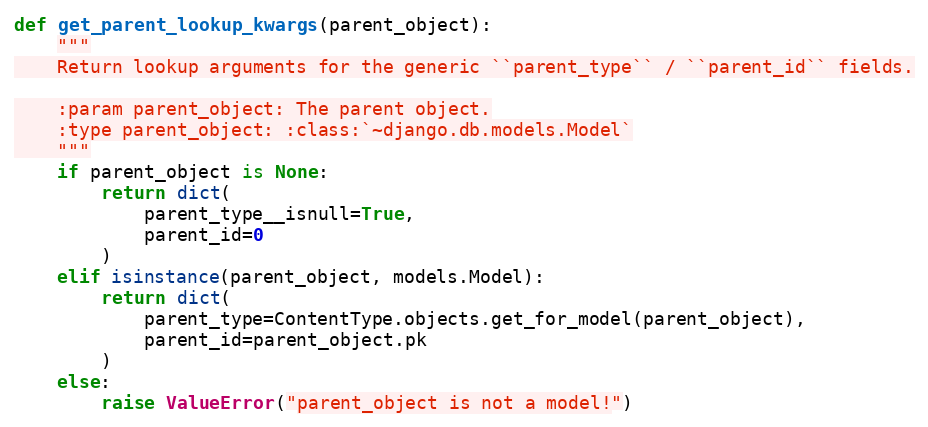
Language: Python
def get_parent_lookup_kwargs(parent_object):
    """
    Return lookup arguments for the generic ``parent_type`` / ``parent_id`` fields.

    :param parent_object: The parent object.
    :type parent_object: :class:`~django.db.models.Model`
    """
    if parent_object is None:
        return dict(
            parent_type__isnull=True,
            parent_id=0
        )
    elif isinstance(parent_object, models.Model):
        return dict(
            parent_type=ContentType.objects.get_for_model(parent_object),
            parent_id=parent_object.pk
        )
    else:
        raise ValueError("parent_object is not a model!")